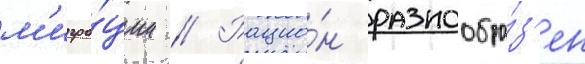
м'игра́ции // Рацио́н разнообра́з'ен